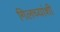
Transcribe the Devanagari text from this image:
गिलच्यांशी